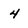
Character: 4